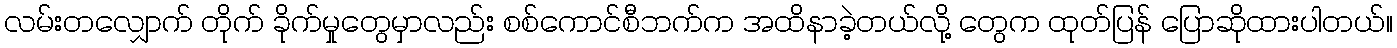
လမ်းတလျှောက် တိုက် ခိုက်မှုတွေမှာလည်း စစ်ကောင်စီဘက်က အထိနာခဲ့တယ်လို့ တွေက ထုတ်ပြန် ပြောဆိုထားပါတယ်။